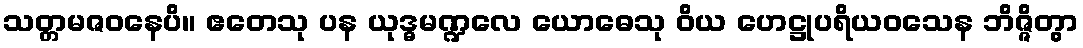
သတ္တမဇဝနေပိ။ ဧတေသု ပန ယုဒ္ဓမဏ္ဍလေ ယောဓေသု ဝိယ ဟေဋ္ဌုပရိယဝသေန ဘိဇ္ဇိတွာ